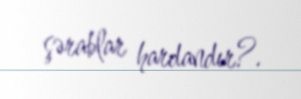
şərablar hardandır?.